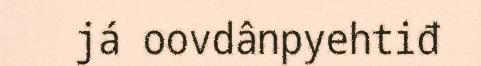
já oovdânpyehtiđ